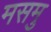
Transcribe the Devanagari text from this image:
मसमु